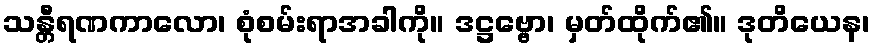
သန္တီရဏကာလော၊ စုံစမ်းရာအခါကို။ ဒဋ္ဌဗ္ဗော၊ မှတ်ထိုက်၏။ ဒုတိယေန၊